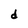
Character: d